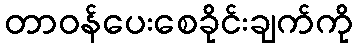
တာဝန်ပေးစေခိုင်းချက်ကို